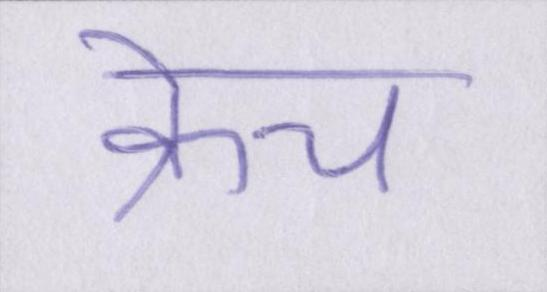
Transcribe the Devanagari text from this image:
क्रेच